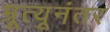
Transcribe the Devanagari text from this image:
म्रूत्यूनंतर